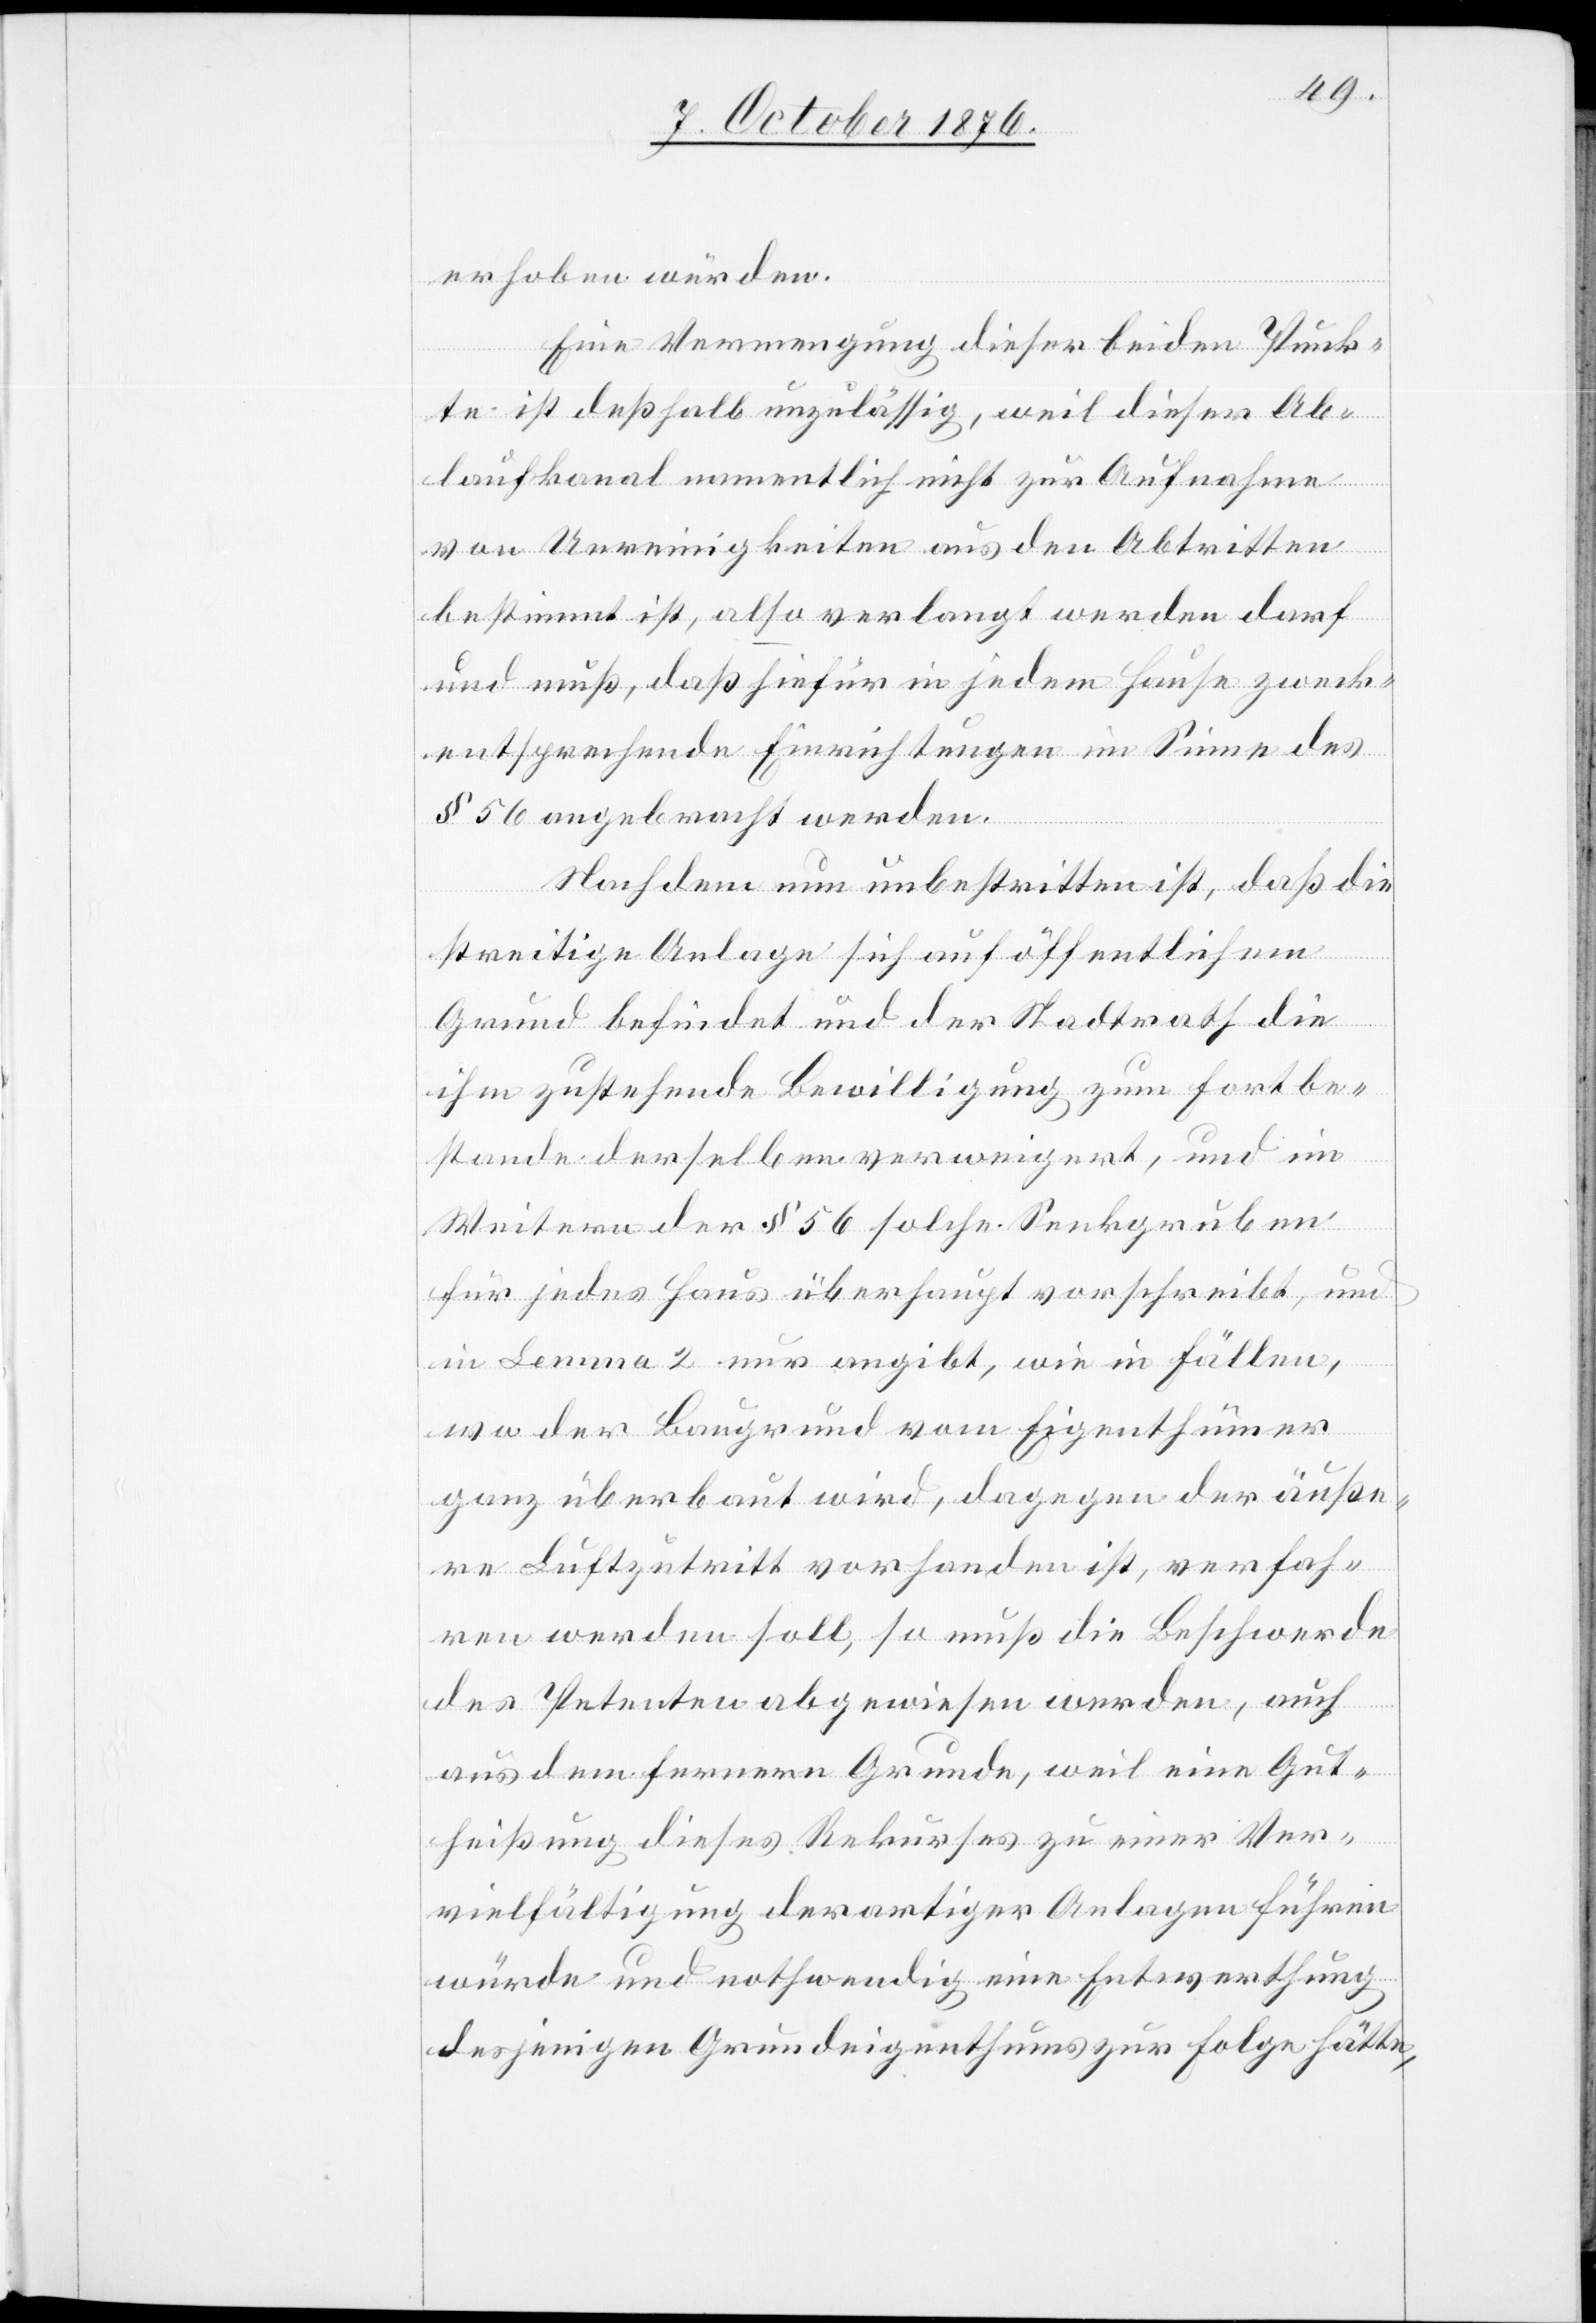
erhoben würden.
Eine Vermengung dieser beiden Punk¬
te ist deßhalb unzulässig, weil dieser Ab¬
laufkanal namentlich nicht zur Aufnahme
von Unreinigkeiten aus den Abtritten
bestimmt ist, also verlangt werden darf
und muß, daß hiefür in jedem Hause zweck¬
entsprechende Einrichtungen im Sinne des
§ 56 angebracht werden.
Nachdem nun unbestritten ist, daß die
streitige Anlage sich auf öffentlichem
Grund befindet und der Stadtrath die
ihm zustehende Bewilligung zum Fortbe¬
stande derselben verweigert, und im
Weitern der § 56 solche Senkgruben
für jedes Haus überhaupt vorschreibt, und
in Lemma 2 nur angibt, wie in Fällen,
wo der Baugrund vom Eigenthümer
ganz überbaut wird, dagegen der äuße¬
re Luftzutritt vorhanden ist, verfah¬
ren werden soll, so muß die Beschwerde
des Petenten abgewiesen werden, auch
aus dem fernern Grunde, weil eine Gut¬
heißung dieses Rekurses zu einer Ver¬
vielfältigung derartiger Anlagen führen
würde und nothwendig eine Entwerthung
desjenigen Grundeigenthums zur Folge hätte,